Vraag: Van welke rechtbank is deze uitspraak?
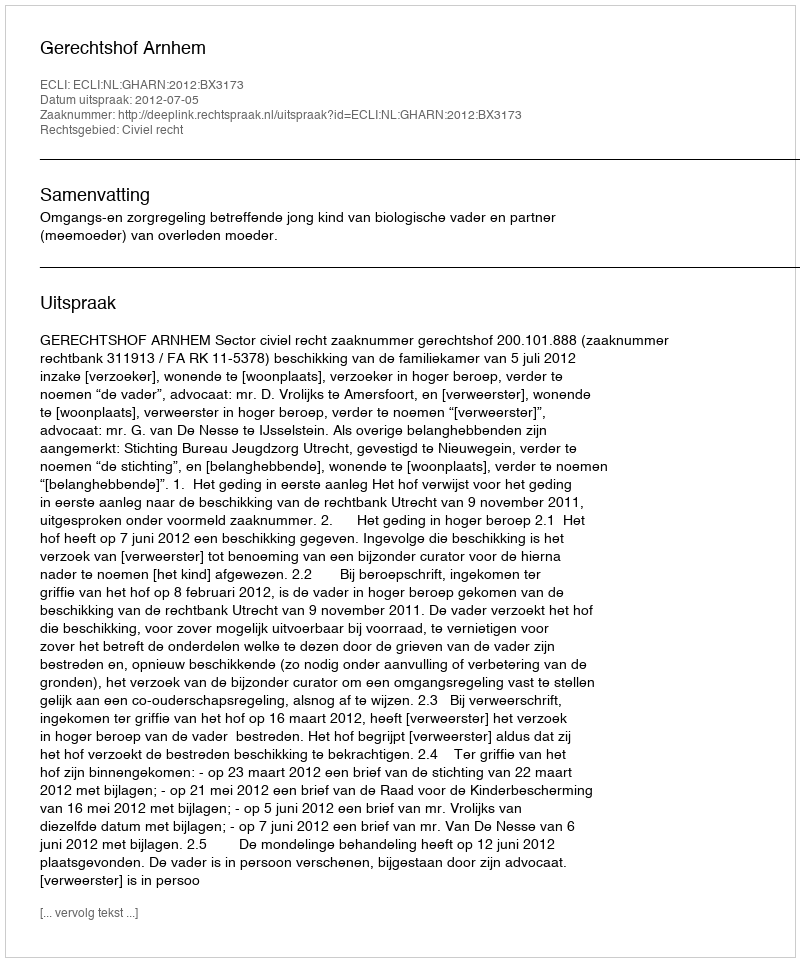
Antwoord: Gerechtshof Arnhem